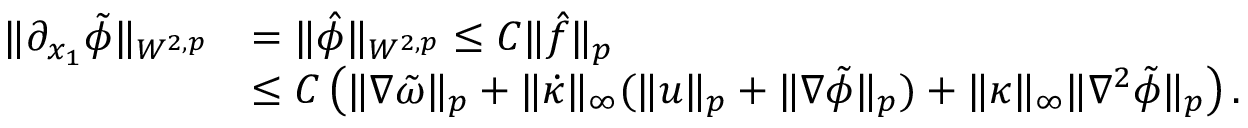
\begin{array} { r l } { \| \partial _ { x _ { 1 } } \tilde { \phi } \| _ { W ^ { 2 , p } } } & { = \| \hat { \phi } \| _ { W ^ { 2 , p } } \leq C \| \hat { f } \| _ { p } } \\ & { \leq C \left( \| \nabla \tilde { \omega } \| _ { p } + \| \dot { \kappa } \| _ { \infty } ( \| u \| _ { p } + \| \nabla \tilde { \phi } \| _ { p } ) + \| \kappa \| _ { \infty } \| \nabla ^ { 2 } \tilde { \phi } \| _ { p } \right) . } \end{array}